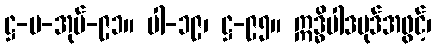
ဋ္ဌ-ပ-အုပ်-၉၁။ ပါ-၁၉၊ ဋ္ဌ-၉၅။ ဣဒ္ဓိပါဒပုဒ်အဖွင့်၊